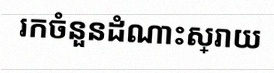
រកចំនួនដំណោះស្រាយ